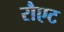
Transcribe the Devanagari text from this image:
रौएट